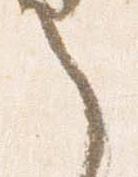
之